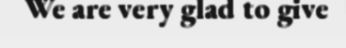
We are very glad to give